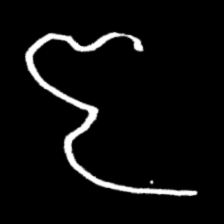
Pyu character \u2014 Myanmar letter: ဇ (romanized: ja)